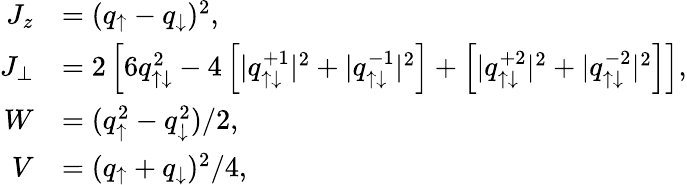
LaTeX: \begin{array}{rl}{J_{z}}&{=(q_{\uparrow}-q_{\downarrow})^{2},}\\ {J_{\perp}}&{=2\left[6q_{\uparrow\downarrow}^{2}-4\left[|q_{\uparrow\downarrow}^{+1}|^{2}+|q_{\uparrow\downarrow}^{-1}|^{2}\right]+\left[|q_{\uparrow\downarrow}^{+2}|^{2}+|q_{\uparrow\downarrow}^{-2}|^{2}\right]\right],}\\ {W}&{=(q_{\uparrow}^{2}-q_{\downarrow}^{2})/2,}\\ {V}&{=(q_{\uparrow}+q_{\downarrow})^{2}/4,}\end{array}